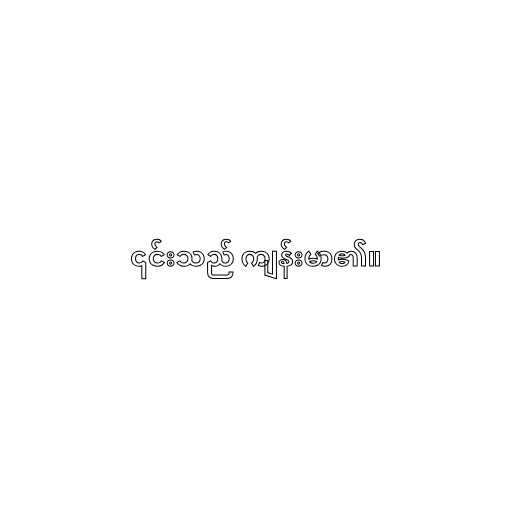
၎င်းသည် ကျန်းမာ၏။